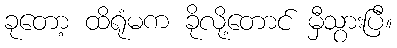
ခုတော့ ထိရုံမက ခိုလို့တောင် မှီသွားပြီ။